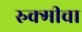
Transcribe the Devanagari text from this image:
रुक्मीचा